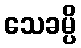
သေခမ္ပိ